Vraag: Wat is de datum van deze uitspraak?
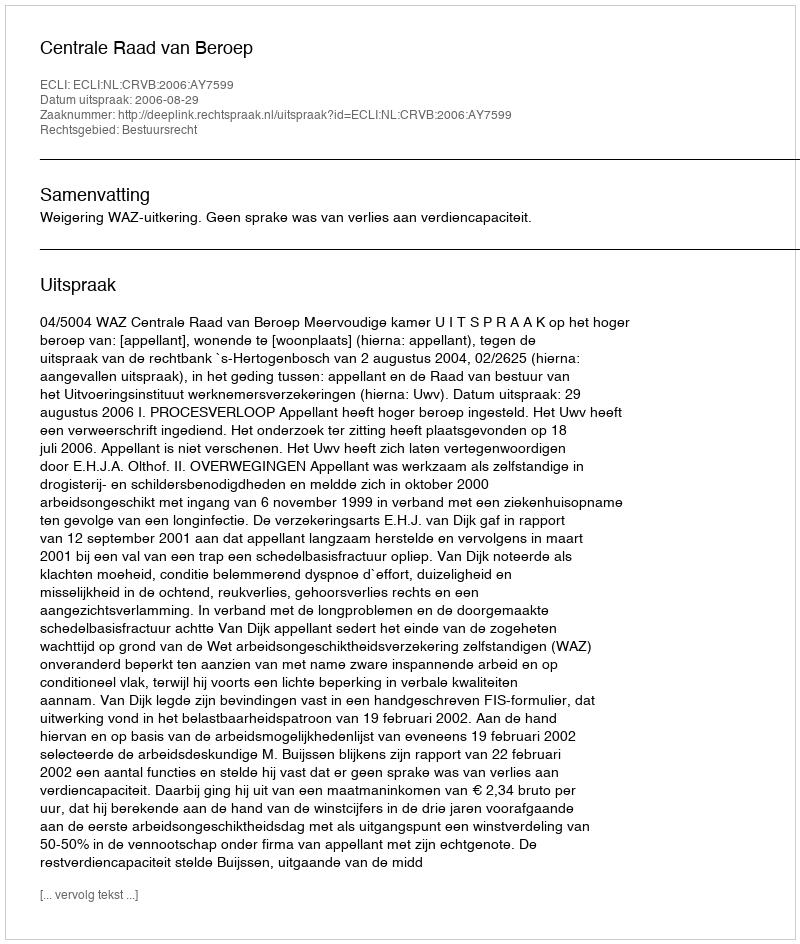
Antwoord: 2006-08-29